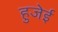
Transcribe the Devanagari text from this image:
हुजेई